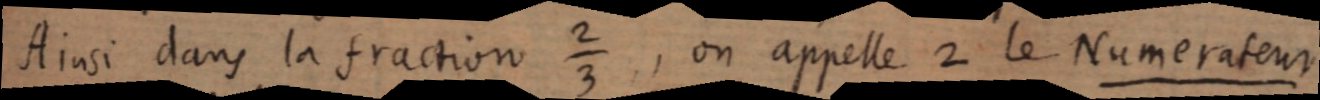
Ainsi dans la fraction ⅔, on appelle 2 le Numerateur